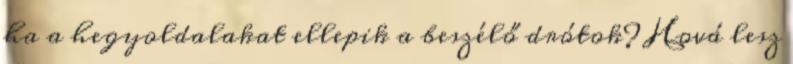
ha a hegyoldalakat ellepik a beszélő drótok? Hová lesz